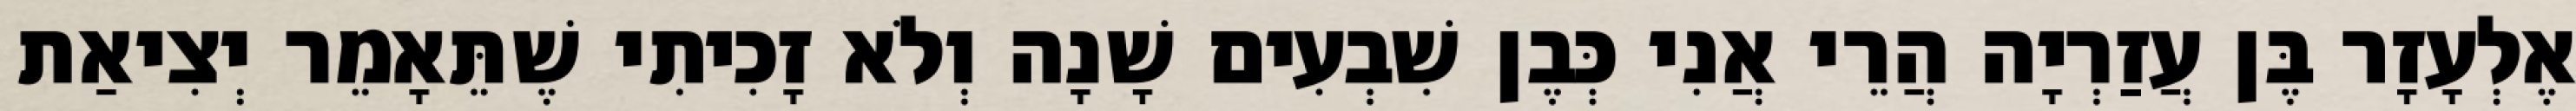
אֶלְעָזָר בֶּן עֲזַרְיָה הֲרֵי אֲנִי כְּבֶן שִׁבְעִים שָׁנָה וְלֹא זָכִיתִי שֶׁתֵּאָמֵר יְצִיאַת